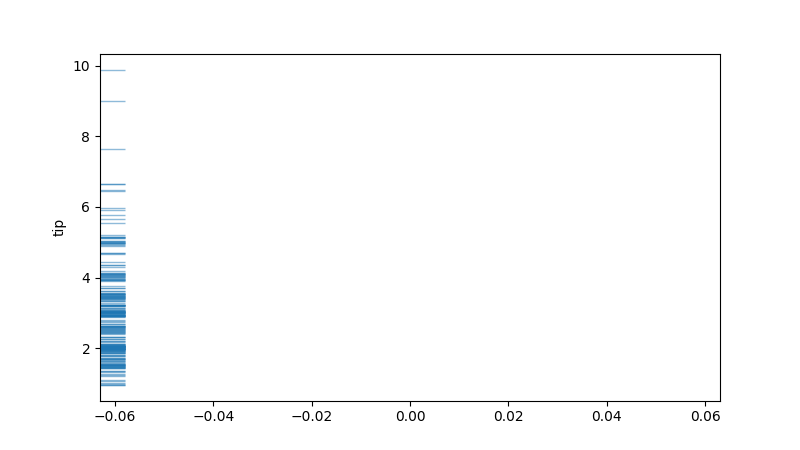
python, seaborn, rugplot, height=0.04, axis='y', alpha=0.5